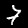
Label: 7